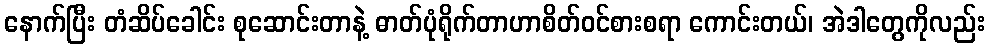
နောက်ပြီး တံဆိပ်ခေါင်း စုဆောင်းတာနဲ့ ဓာတ်ပုံရိုက်တာဟာစိတ်ဝင်စားစရာ ကောင်းတယ်၊ အဲဒါတွေကိုလည်း